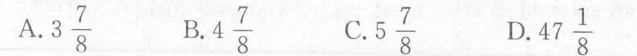
A. 3 \frac{7}{8} B. 4 \frac{7}{8} C. 5 \frac{7}{8} D. 47 \frac{1}{8}